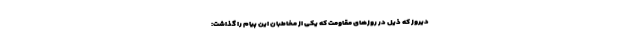
دیروز که ذیل در روزهای مقاومت که یکی از مخاطبان این پیام را گذاشت: